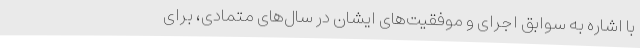
با اشاره به سوابق اجرای و موفقیت‌های ایشان در سال‌های متمادی، برای